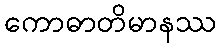
ကောဓာတိမာနဿ